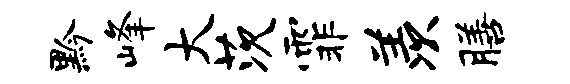
黔峰大茨霏羡膳